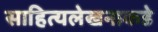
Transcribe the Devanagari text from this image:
साहित्यलेखनाकडे